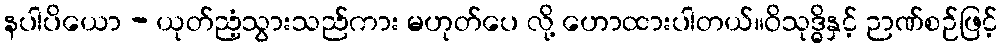
နပါပိယော - ယုတ်ညံ့သွားသည်ကား မဟုတ်ပေ လို့ ဟောထားပါတယ်။ဝိသုဒ္ဓိနှင့် ဉာဏ်စဉ်ဖြင့်